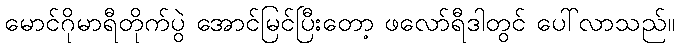
မောင်ဂိုမာရီတိုက်ပွဲ အောင်မြင်ပြီးတော့ ဖလော်ရီဒါတွင် ပေါ်လာသည်။